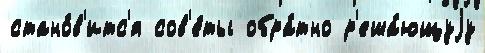
стано́в'итс'я сов'е́ты обра́тно р'еша́ющуjу